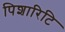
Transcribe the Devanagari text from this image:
पिशारिटि